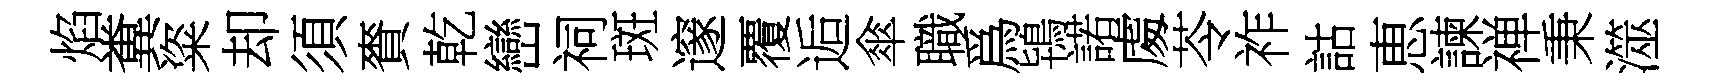
焰糞粢却須賚乾巒祠斑邃覆逅傘職爲鴇諾䖏苓祚詁恵諫禅秉澨